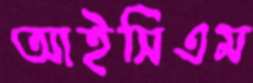
আইসিএম